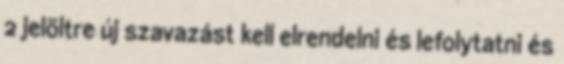
2 jelöltre új szavazást kell elrendelni és lefolytatni és